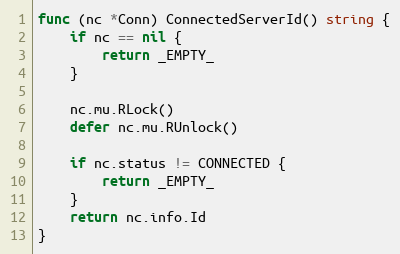
Language: Go
func (nc *Conn) ConnectedServerId() string {
	if nc == nil {
		return _EMPTY_
	}

	nc.mu.RLock()
	defer nc.mu.RUnlock()

	if nc.status != CONNECTED {
		return _EMPTY_
	}
	return nc.info.Id
}